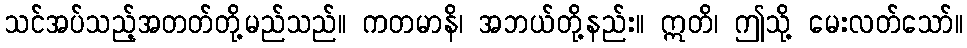
သင်အပ်သည့်အတတ်တို့မည်သည်။ ကတမာနိ၊ အဘယ်တို့နည်း။ ဣတိ၊ ဤသို့ မေးလတ်သော်။